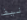
نيف